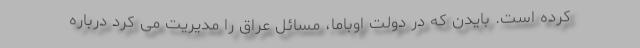
کرده است. بایدن که در دولت اوباما، مسائل عراق را مدیریت می کرد درباره